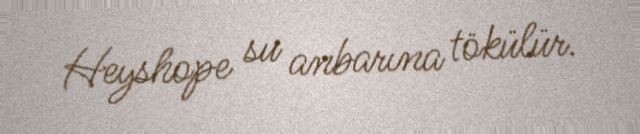
Heyshope su anbarına tökülür.